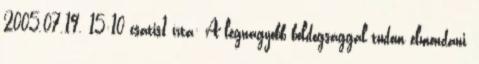
2005.07.19. 15:10 csatis1 írta: A legnagyobb boldogsággal tudom elmondani,